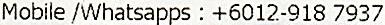
MOBILE /WHATSAPPS : +6012-918 7937